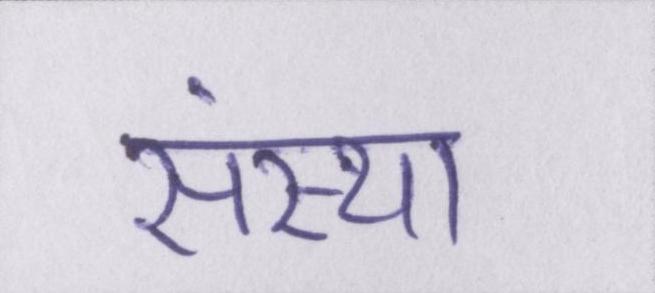
संस्था